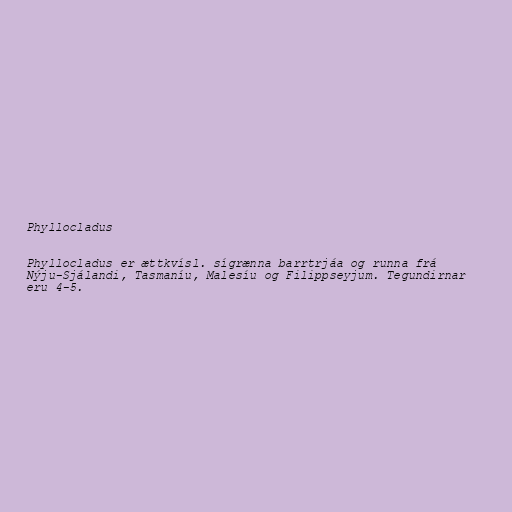
Phyllocladus

Phyllocladus er ættkvísl. sígrænna barrtrjáa og runna frá
Nýju-Sjálandi, Tasmaníu, Malesíu og Filippseyjum. Tegundirnar
eru 4-5.